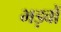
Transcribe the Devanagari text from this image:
भड़वों